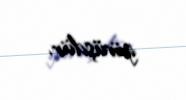
görüşdür.